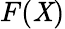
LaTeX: F(\mathit{X})